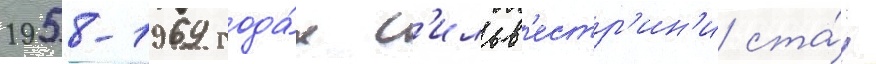
1958-1969 года́х с'ильв'естр'ин'и ста́л